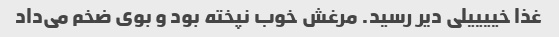
غذا خییییلی دیر رسید. مرغش خوب نپخته بود و بوی ضخم می‌داد